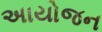
અાયોજન